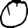
Digit: 0